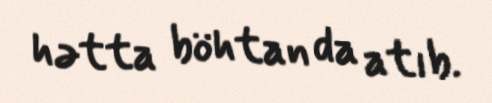
hətta böhtan da atıb.